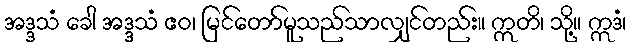
အဒ္ဒသံ ခေါ အဒ္ဒသံ ဧဝ၊ မြင်တော်မူသည်သာလျှင်တည်း။ ဣတိ၊ သို့။ ဣဒံ၊